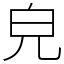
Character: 皃